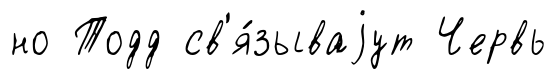
но Тодд св'я́зываjут Червь